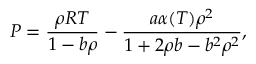
P = \frac { \rho R T } { 1 - b \rho } - \frac { a \alpha ( T ) \rho ^ { 2 } } { 1 + 2 \rho b - b ^ { 2 } \rho ^ { 2 } } ,